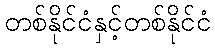
တစ်နိုင်ငံနှင့်တစ်နိုင်ငံ